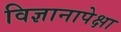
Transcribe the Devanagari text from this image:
विज्ञानापेक्षा